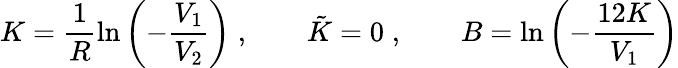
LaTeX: K=\frac{1}{R}\ln\left(-\frac{V_{1}}{V_{2}}\right)\; ,\qquad\tilde{K}=0\; ,\qquad B=\ln\left(-\frac{12K}{V_{1}}\right)